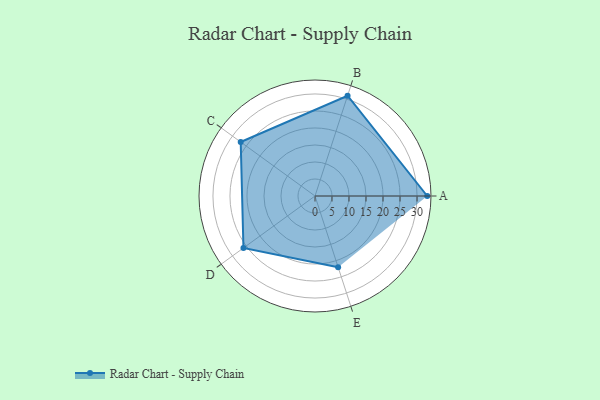
{"axis": {"x": "Skill", "y": "Score"}, "legend": ["Profile"], "data": [{"x": "A", "y": 33.0, "type": "Profile"}, {"x": "B", "y": 31.0, "type": "Profile"}, {"x": "C", "y": 27.0, "type": "Profile"}, {"x": "D", "y": 26.0, "type": "Profile"}, {"x": "E", "y": 22.0, "type": "Profile"}]}